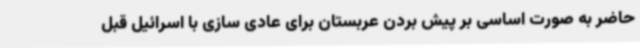
حاضر به صورت اساسی بر پیش بردن عربستان برای عادی سازی با اسرائیل قبل